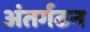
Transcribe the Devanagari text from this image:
अंतर्गठन